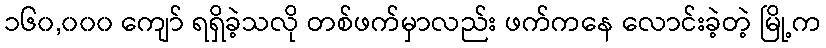
၁၆၀,၀၀၀ ကျော် ရရှိခဲ့သလို တစ်ဖက်မှာလည်း ဖက်ကနေ လောင်းခဲ့တဲ့ မြို့က